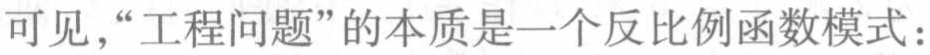
可见，“工程问题”的本质是一个反比例函数模式：